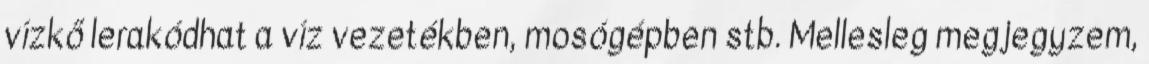
vízkő lerakódhat a víz vezetékben, mosógépben stb. Mellesleg megjegyzem,